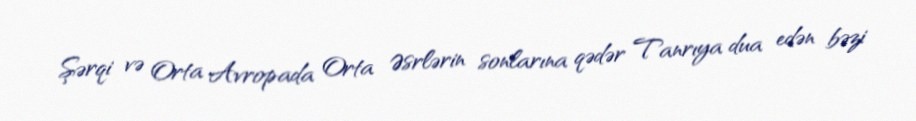
Şərqi və Orta Avropada Orta Əsrlərin sonlarına qədər Tanrıya dua edən bəzi